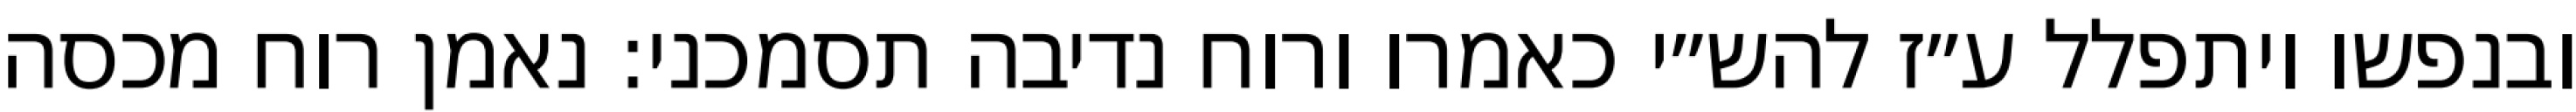
ובנפשו ויתפלל ע״ז להש״י כאמרו ורוח נדיבה תסמכני: נאמן רוח מכסה